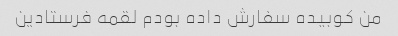
من کوبیده سفارش داده بودم لقمه فرستادین